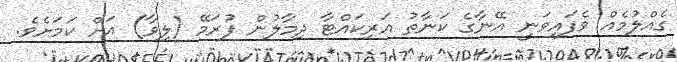
ގެއްލުމެއް ވެފައިވަނީ އޭނާގެ ކަނާތު އަރިކައްޓާ ދިމާލުން ފުރަމޭ (ލިވާ) އަށް ކަމަށެވެ.